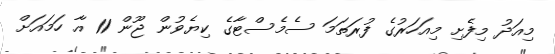
މިއަދު މިފެށި މިއަހަރުގެ ފުރަތަމަ ސެމެސްޓާގެ ކިޔެވުން ޖޫން 11 އާ ހަމައަށް